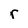
Character: r